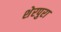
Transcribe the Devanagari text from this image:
शेरपुरा